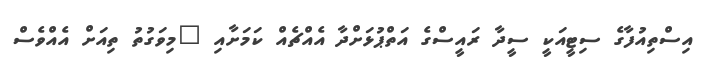
އިސްތިއުފާގެ ސިޓީއަކީ ސީދާ ރައީސްގެ އަތްޕުޅަށްދާ އެއްޗެއް ކަމަށާއި "މިވަގުތު ތިއަށް އެއްވެސް